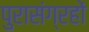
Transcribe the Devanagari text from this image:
पुरासंग्रहों